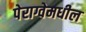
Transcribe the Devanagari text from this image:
पेराग्वेमधील